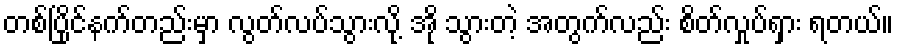
တစ်ပြိုင်နက်တည်းမှာ လွတ်လပ်သွားလို့ အို သွားတဲ့ အတွက်လည်း စိတ်လှုပ်ရှား ရတယ်။